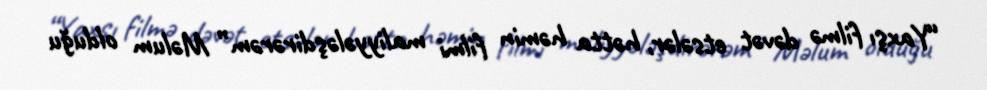
“Yaxşı filmə dəvət etsələr, hətta həmin filmi maliyyələşdirərəm” Məlum olduğu